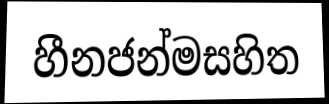
හීනජන්මසහිත